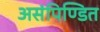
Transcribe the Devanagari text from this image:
असंपिण्डित